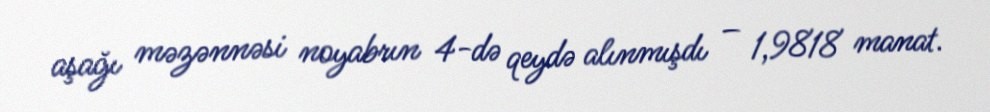
aşağı məzənnəsi noyabrın 4-də qeydə alınmışdı – 1,9818 manat.